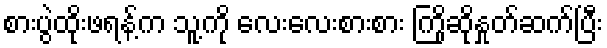
စားပွဲထိုးဖရန့်က သူ့ကို လေးလေးစားစား ကြိုဆိုနှုတ်ဆက်ပြီး